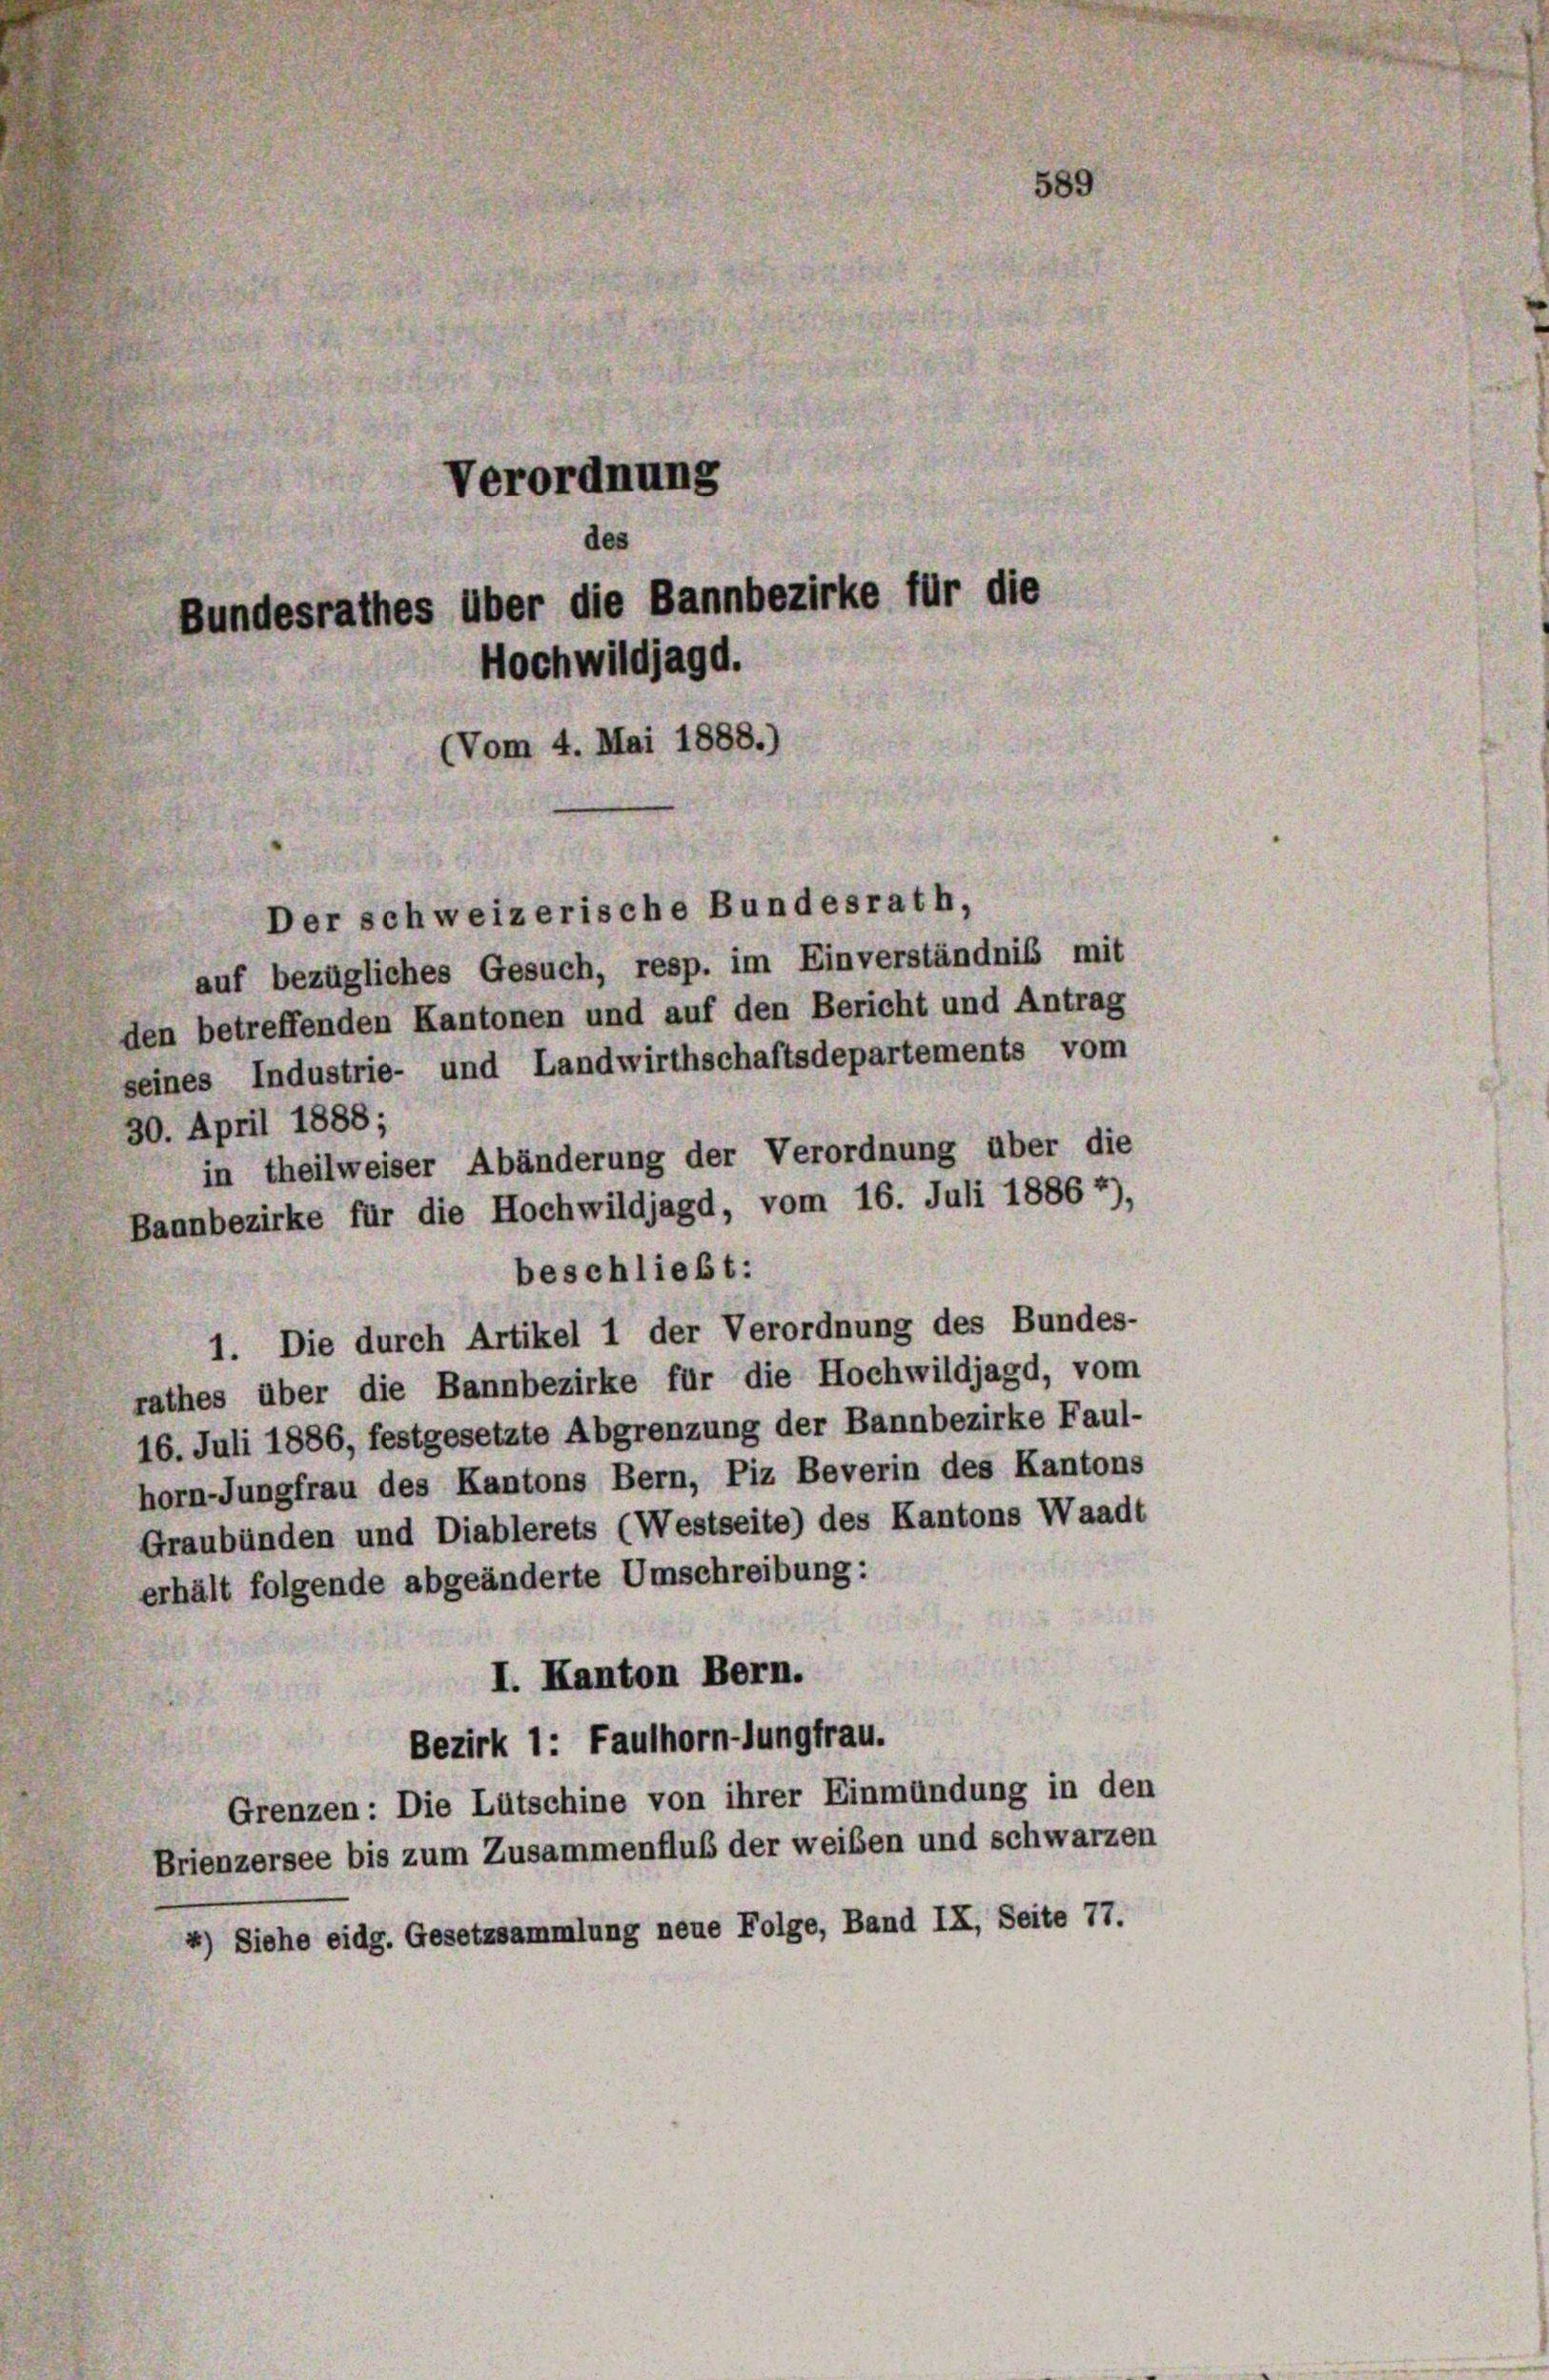
Verordnung
des
Bundesrathes über die Bannbezirke für die
Hochwildjagd.
(Vom 4. Mai 1888.)

Der schweizerische Bundesrath,
auf bezügliches Gesuch, resp. im Einverständnis mit
den betreffenden Kantonen und auf den Bericht und Antrag
seines Industrie- und Landwirthschaftsdepartements vom
30. April 1888;
in theilweiser Abänderung der Verordnung über die
Bannbezirke für die Hochwildjagd, vom 16. Juli 1886 *),
beschließt:
1. Die durch Artikel 1 der Verordnung des Bundes-
rathes über die Bannbezirke für die Hochwildjagd, vom
16. Juli 1886, festgesetzte Abgrenzung der Bannbezirke Faul-
horn-Jungfrau des Kantons Bern, Piz Beverin des Kantons
Graubünden und Diablerets (Westseite) des Kantons Waadt
erhält folgende abgeänderte Umschreibung:
I. Kanton Bern.
Bezirk 1: Fauthorn-Jungfrau.
Grenzen: Die Lütschine von ihrer Einmündung in den
Brienzersee bis zum Zusammenfluß der weiben und schwarzen
) Siehe eidg. Gesetzsammlung neue Folge, Band IX, Seite 77.

589